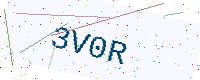
Text: 3V0R